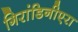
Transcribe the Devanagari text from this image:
गिरांडिनीएरा